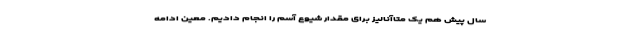
سال پیش هم یک متاآنالیز برای مقدار شیوع آسم را انجام دادیم. معین ادامه